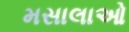
મસાલાઓ